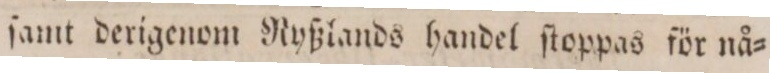
ſamt derigenom Ryßlands handel ſtoppas för nå=